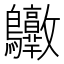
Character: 𪈶